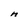
Character: n